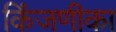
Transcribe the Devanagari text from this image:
किंजणीका